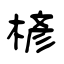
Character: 楌